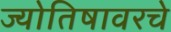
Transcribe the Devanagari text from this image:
ज्योतिषावरचे